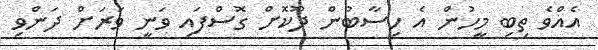
އެއްވެ ތިބި މީހުން އެ ހިސާބުން ދޫކޮށް ގޮސްފައި ވަނީ ވަރަށް ދަންވި